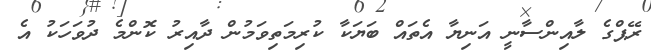
ރޭޕްގެ ލާއިންސާނީ އަނިޔާ އެތައް ބަޔަކާ ކުރިމަތިވަމުން ދާއިރު ކޮންމެ ދުވަހަކު އެ